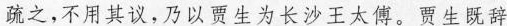
疏之,不用其议,乃以贾生为长沙王太傅。贾生既辞